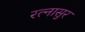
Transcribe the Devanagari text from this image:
रत्‍नासुर